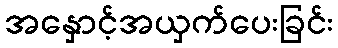
အနှောင့်အယှက်ပေးခြင်း